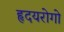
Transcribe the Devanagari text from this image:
हृदयरोगो